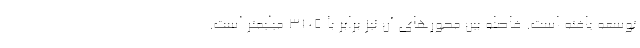
توسعه یافته است. فاصله بین محورهای آن نیز برابر با 3105 میلیمتر است.